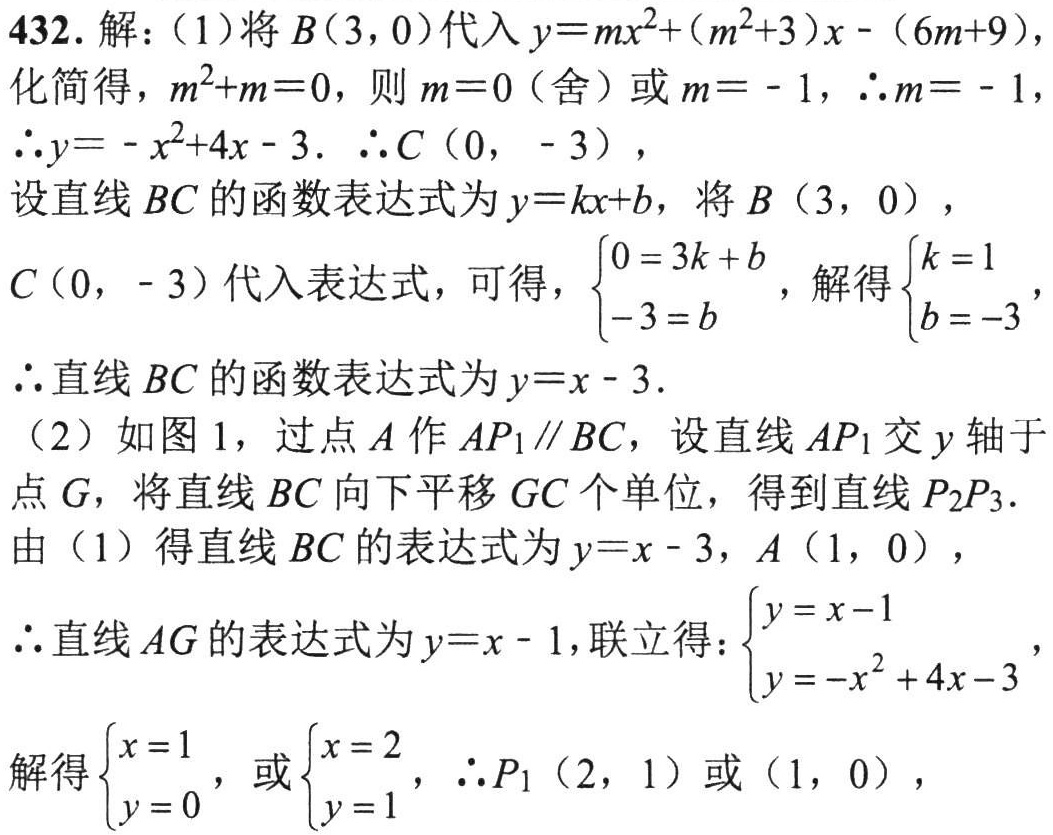
432. 解：(1)将 \(B(3,0)\) 代入 \(y = mx^{2}+(m^{2}+3)x-(6m + 9)\)，
化简得，\(m^{2}+m = 0\)，则 \(m = 0\)（舍）或 \(m=-1\)，\(\therefore m=-1\)，
\(\therefore y=-x^{2}+4x - 3\). \(\therefore C(0,-3)\)，
设直线 \(BC\) 的函数表达式为 \(y = kx + b\)，将 \(B(3,0)\)，
\(C(0,-3)\) 代入表达式，可得，\(\begin{cases}0 = 3k + b\\-3 = b\end{cases}\)，解得\(\begin{cases}k = 1\\b=-3\end{cases}\)，
\(\therefore\) 直线 \(BC\) 的函数表达式为 \(y = x - 3\).
(2) 如图1，过点 \(A\) 作 \(AP_{1}\parallel BC\)，设直线 \(AP_{1}\) 交 \(y\) 轴于
点 \(G\)，将直线 \(BC\) 向下平移 \(GC\) 个单位，得到直线 \(P_{2}P_{3}\).
由(1)得直线 \(BC\) 的表达式为 \(y = x - 3\)，\(A(1,0)\)，
\(\therefore\) 直线 \(AG\) 的表达式为 \(y = x - 1\)，联立得：\(\begin{cases}y = x - 1\\y=-x^{2}+4x - 3\end{cases}\)，
解得\(\begin{cases}x = 1\\y = 0\end{cases}\)，或\(\begin{cases}x = 2\\y = 1\end{cases}\)，\(\therefore P_{1}(2,1)\) 或 \((1,0)\)，